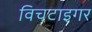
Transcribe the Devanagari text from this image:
विचटाइगर